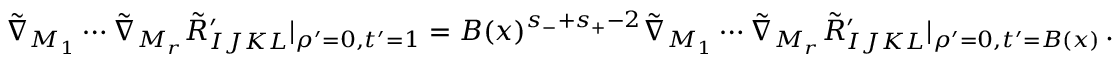
\begin{array} { r } { \tilde { \nabla } _ { M _ { 1 } } \cdots \tilde { \nabla } _ { M _ { r } } \tilde { R } _ { I J K L } ^ { \prime } | _ { \rho ^ { \prime } = 0 , t ^ { \prime } = 1 } = { \cal B } ( x ) ^ { s _ { - } + s _ { + } - 2 } \tilde { \nabla } _ { M _ { 1 } } \cdots \tilde { \nabla } _ { M _ { r } } \tilde { R } _ { I J K L } ^ { \prime } | _ { \rho ^ { \prime } = 0 , t ^ { \prime } = { \cal B } ( x ) } \, . } \end{array}